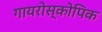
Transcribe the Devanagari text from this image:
गायरोस्कोपिक